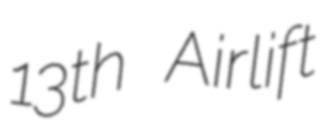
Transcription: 13th Airlift